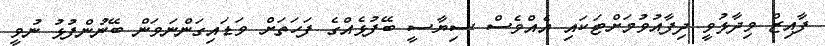
ފާއިޒް ވިދާޅުވީ ދިފާއުވުމަށްޓަކައި އެއްވެސް ސިޔާސީ ބޭފުޅެއްގެ ފަހަތަށް ވަޑައިގަންނަވަން ބޭނުންފުޅު ނުވީ